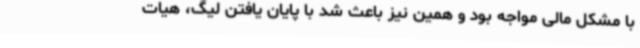
با مشکل مالی مواجه بود و همین نیز باعث شد با پایان یافتن لیگ، هیات